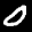
Label: 0